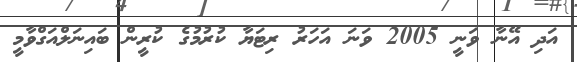
އަދި އޭނާ ވަނީ 2005 ވަނަ އަހަރު ރިޓަޔާ ކުރުމުގެ ކުރީން ބައިނަލްއަގްވާމީ